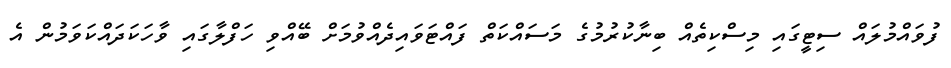
ފުވައްމުލައް ސިޓީގައި މިސްކިތެއް ބިނާކުރުމުގެ މަސައްކަތް ފައްޓަވައިދެއްވުމަށް ބޭއްވި ހަފްލާގައި ވާހަކަދައްކަވަމުން އެ